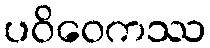
ပဝိဝေကဿ